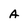
Character: A